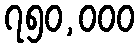
၇၅၀,၀၀၀